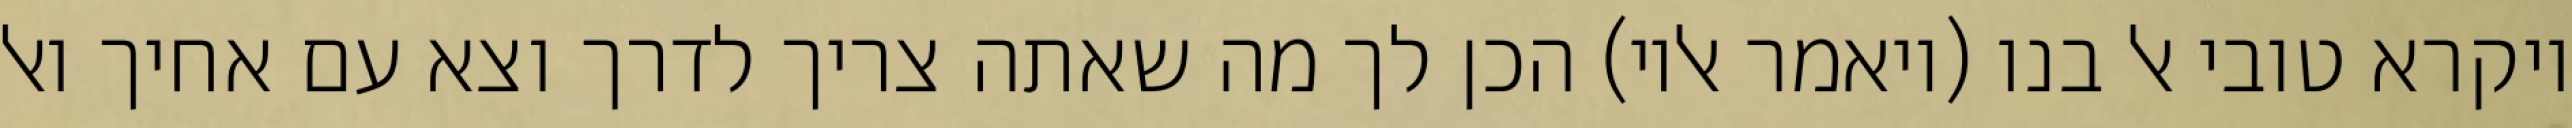
ויקרא טובי אל בנו (ויאמר אליו) הכן לך מה שאתה צריך לדרך וצא עם אחיך ואל